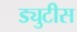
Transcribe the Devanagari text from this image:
ड्युटीस